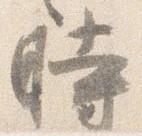
時